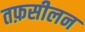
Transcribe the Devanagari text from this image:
तफ़सीलन